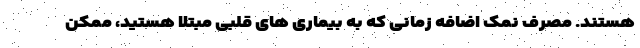
هستند. مصرف نمک اضافه زمانی که به بیماری های قلبی مبتلا هستید، ممکن